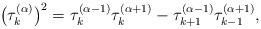
LaTeX: \begin{gather*}\big(\tau_k^{(\alpha)}\big)^2=\tau_{k}^{(\alpha-1)}\tau_{k}^{(\alpha+1)}-\tau_{k+1}^{(\alpha-1)}\tau_{k-1}^{(\alpha+1)},\end{gather*}